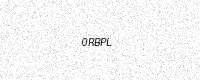
Text: 0RBPL